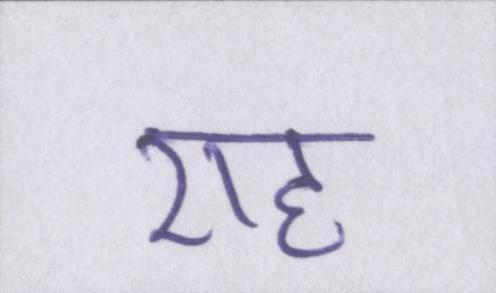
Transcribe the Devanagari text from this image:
राह